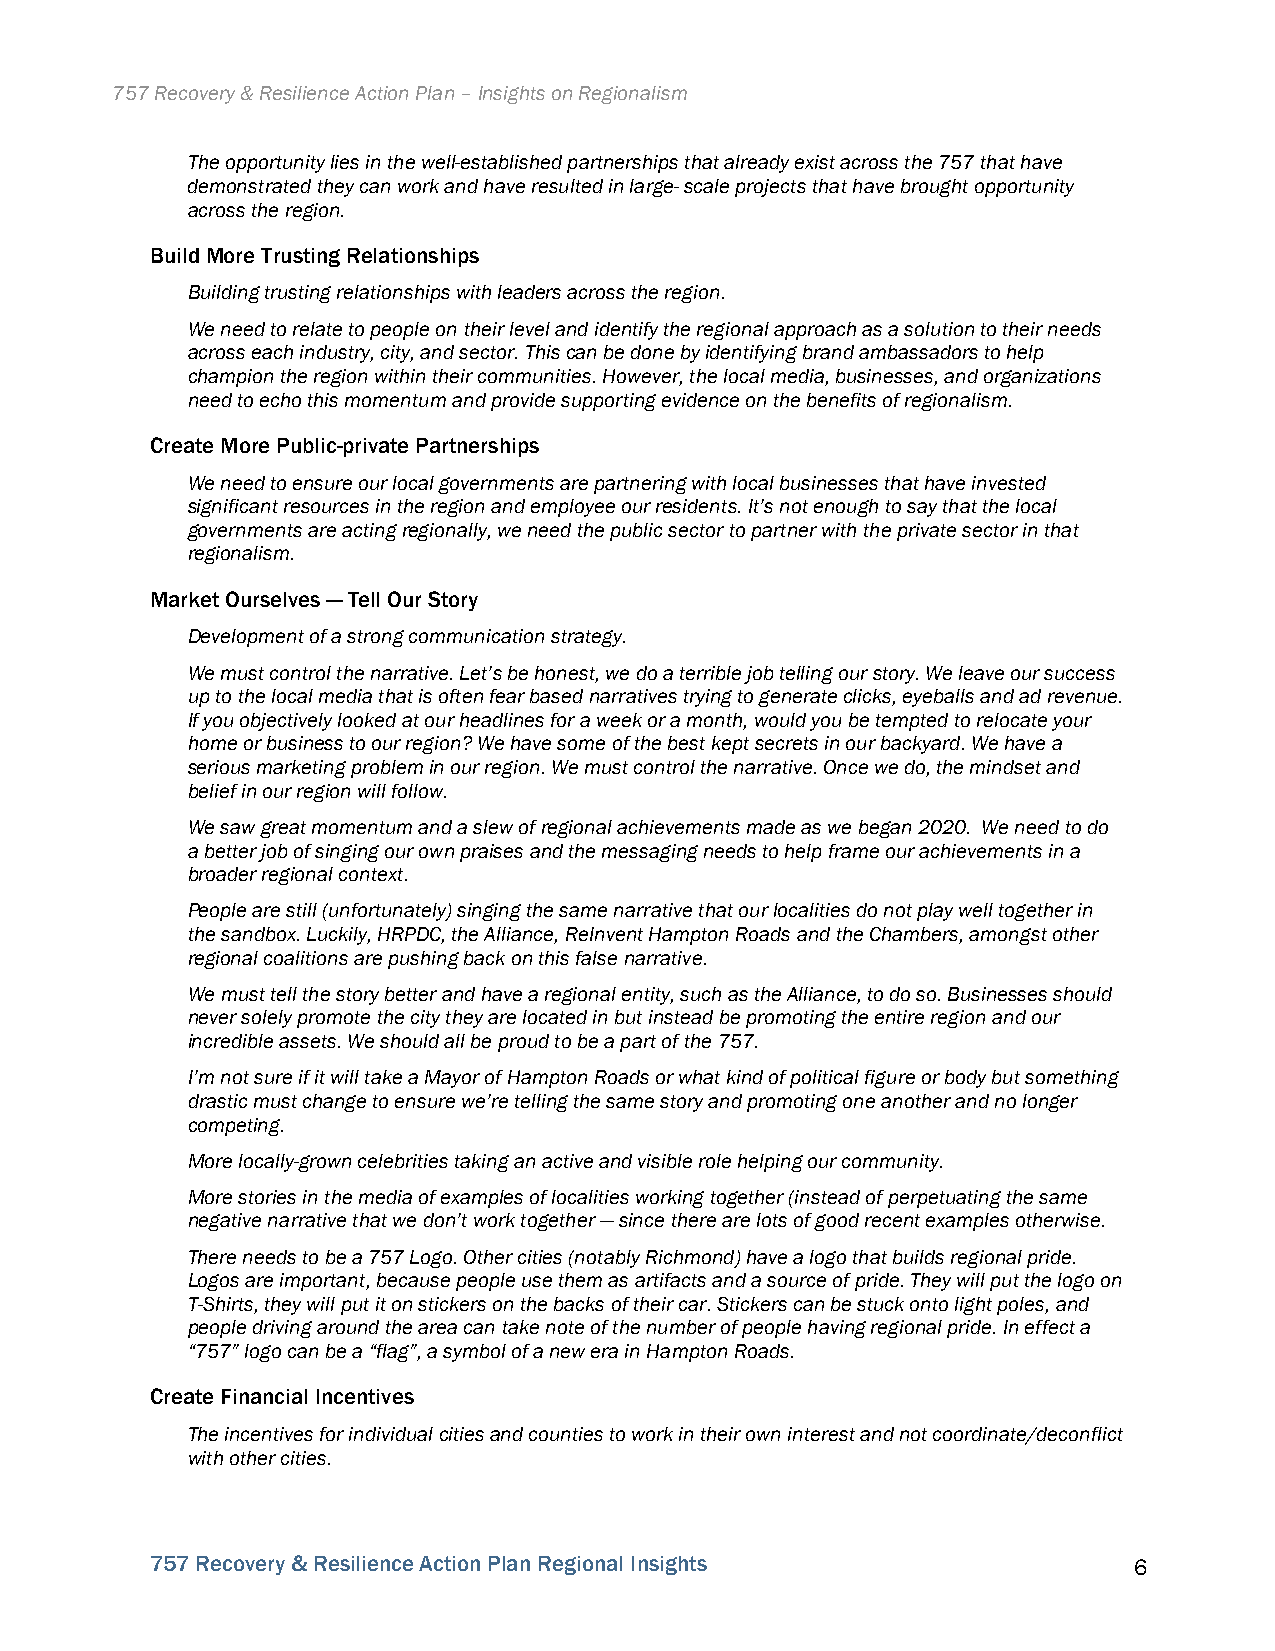
757 Recovery & Resilience Action Plan – Insights on Regionalism
 The opportunity lies in the well-established partnerships that already exist across the 757 that have
 demonstrated they can work and have resulted in large- scale projects that have brought opportunity
 across the region.
 Build More Trusting Relationships
 Building trusting relationships with leaders across the region.
 We need to relate to people on their level and identify the regional approach as a solution to their needs
 across each industry, city, and sector. This can be done by identifying brand ambassadors to help
 champion the region within their communities. However, the local media, businesses, and organizations
 need to echo this momentum and provide supporting evidence on the benefits of regionalism.
 Create More Public-private Partnerships
 We need to ensure our local governments are partnering with local businesses that have invested
 significant resources in the region and employee our residents. It’s not enough to say that the local
 governments are acting regionally, we need the public sector to partner with the private sector in that
 regionalism.
 Market Ourselves — Tell Our Story
 Development of a strong communication strategy.
 We must control the narrative. Let’s be honest, we do a terrible job telling our story. We leave our success
 up to the local media that is often fear based narratives trying to generate clicks, eyeballs and ad revenue.
 If you objectively looked at our headlines for a week or a month, would you be tempted to relocate your
 home or business to our region? We have some of the best kept secrets in our backyard. We have a
 serious marketing problem in our region. We must control the narrative. Once we do, the mindset and
 belief in our region will follow.
 We saw great momentum and a slew of regional achievements made as we began 2020. We need to do
 a better job of singing our own praises and the messaging needs to help frame our achievements in a
 broader regional context.
 People are still (unfortunately) singing the same narrative that our localities do not play well together in
 the sandbox. Luckily, HRPDC, the Alliance, ReInvent Hampton Roads and the Chambers, amongst other
 regional coalitions are pushing back on this false narrative.
 We must tell the story better and have a regional entity, such as the Alliance, to do so. Businesses should
 never solely promote the city they are located in but instead be promoting the entire region and our
 incredible assets. We should all be proud to be a part of the 757.
 I’m not sure if it will take a Mayor of Hampton Roads or what kind of political figure or body but something
 drastic must change to ensure we’re telling the same story and promoting one another and no longer
 competing.
 More locally-grown celebrities taking an active and visible role helping our community.
 More stories in the media of examples of localities working together (instead of perpetuating the same
 negative narrative that we don’t work together — since there are lots of good recent examples otherwise.
 There needs to be a 757 Logo. Other cities (notably Richmond) have a logo that builds regional pride.
 Logos are important, because people use them as artifacts and a source of pride. They will put the logo on
 T-Shirts, they will put it on stickers on the backs of their car. Stickers can be stuck onto light poles, and
 people driving around the area can take note of the number of people having regional pride. In effect a
 “757” logo can be a “flag”, a symbol of a new era in Hampton Roads.
 Create Financial Incentives
 The incentives for individual cities and counties to work in their own interest and not coordinate/deconflict
 with other cities.
 757 Recovery & Resilience Action Plan Regional Insights          6